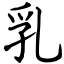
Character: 乳